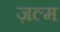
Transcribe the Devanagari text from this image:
ज़ल्म